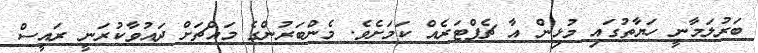
ބަރުލަމާނީ ހަޔާތުގައި މުޅިން އާ ޗެޕްޓަރެއް ކަމަށެވެ. މެންބަރުންގެ މައްޗަށް ދައުވާކުރަނީ ރައީސް